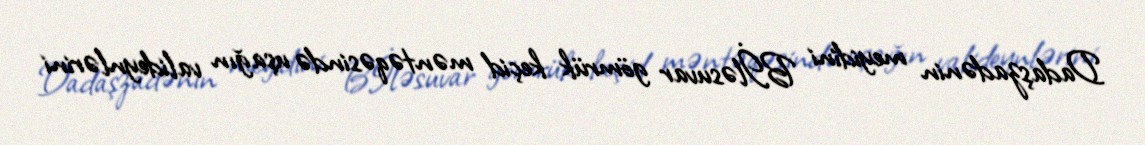
Dadaşzadənin meyidini Bİləsuvar gömrük keçid məntəqəsində uşağın valideynlərini